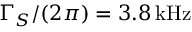
\Gamma _ { S } / ( 2 \pi ) = 3 . 8 \, \mathrm { k H z }